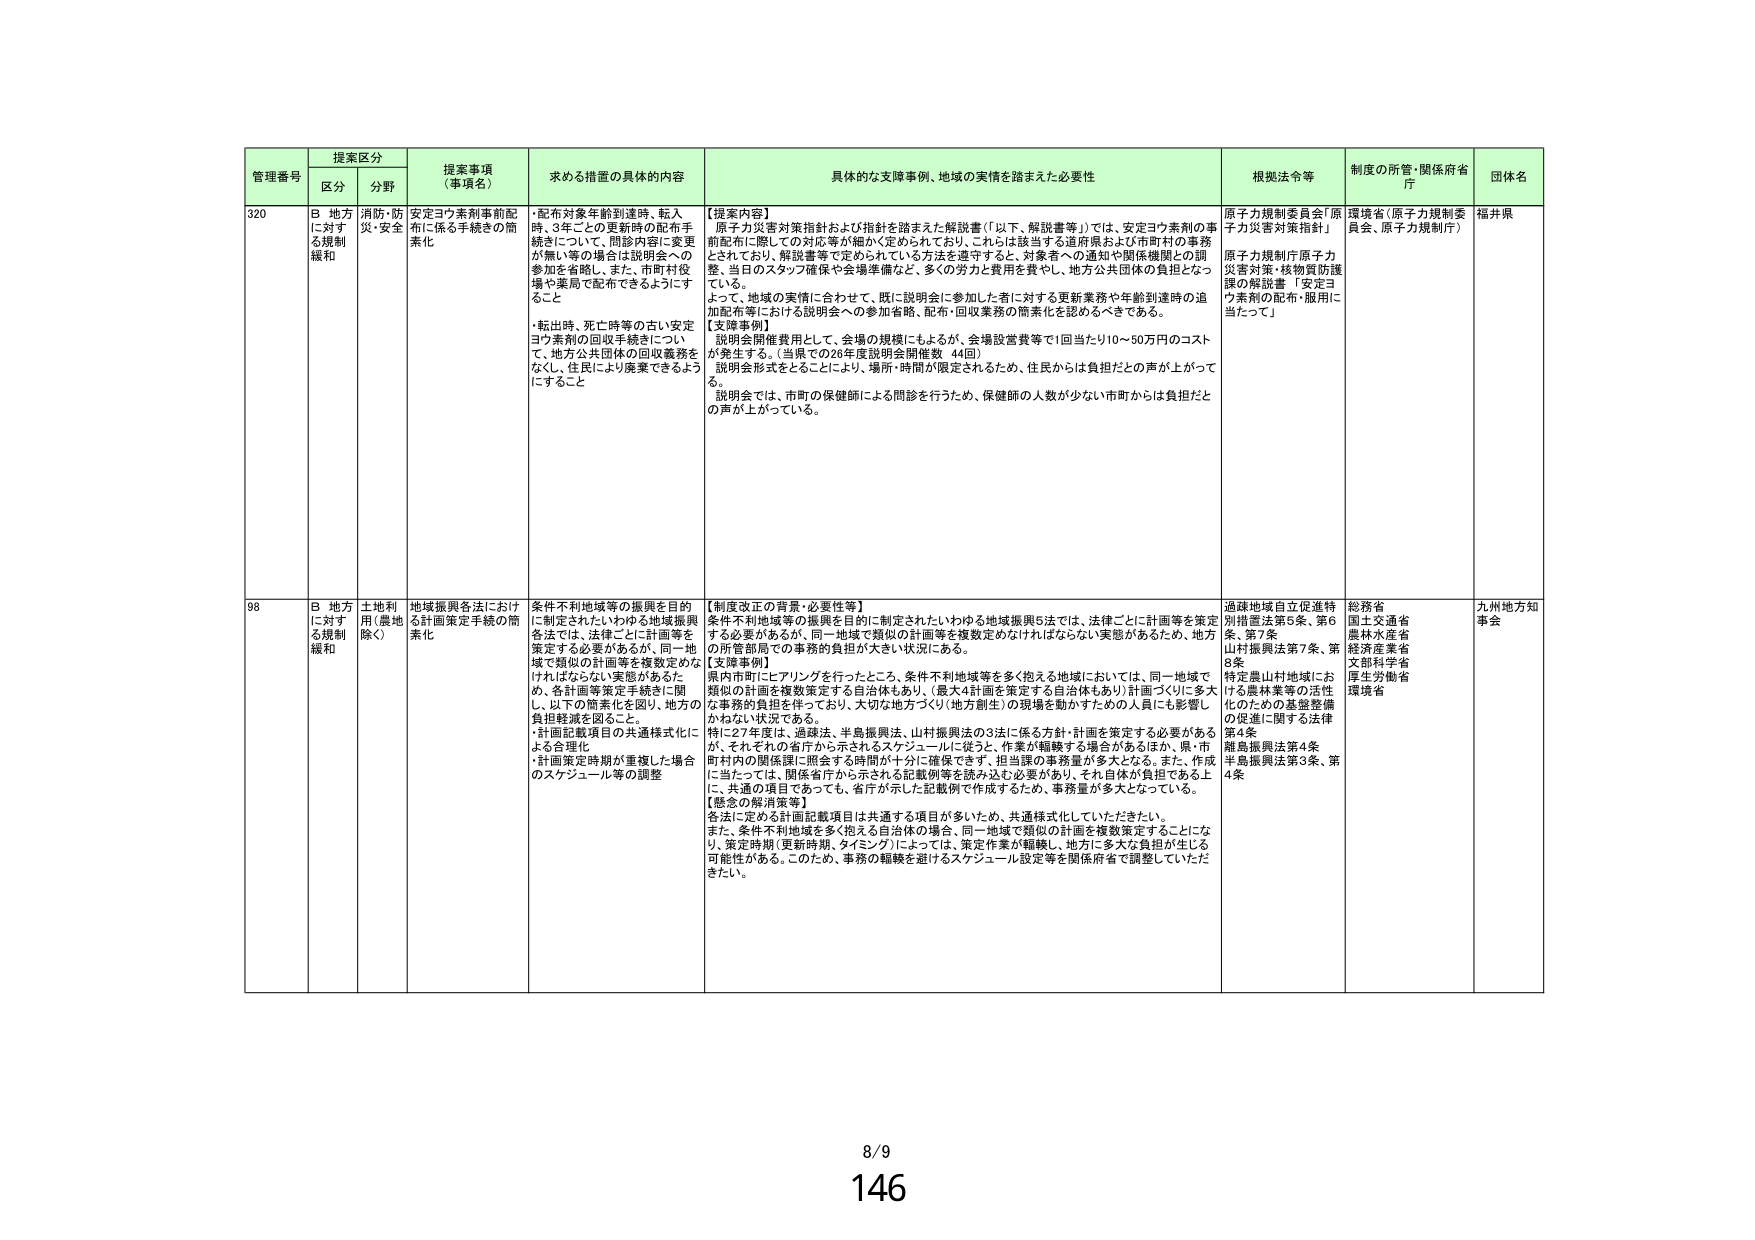
管理番号 提案区分 提案事項（事項名） 求める措置の具体的内容 具体的な支援事例、地域の実情を踏まえた必要性 根拠法令等 制度の所管・関係府省庁 団体名
区分 分野
320 B 地方に対する規制緩和 消防・防災・安全 安定ヨウ素剤事前配布に係る手続きの簡素化 ・配布対象年齢到達時、転入時、3年ごとの更新時の配布手続きについて、間諜内容に変更が無い等の場合は説明会への参加を省略し、また、市町村役場や薬局で配布できるようにすること
・転出時、死亡時等の古い安定ヨウ素剤の回収手続きについて、地方公共団体の回収義務をなくし、住民により廃棄できるようにすること
【提案内容】
原子力災害対策指針および指針を踏まえた解説書（「以下、解説書等」）では、安定ヨウ素剤の事前配布に際しての対応等が細かく定められており、これらは該当する道府県および市町村の事務とされており、解説書等で定められている方法を遵守すると、対象者への通知や関係機関との調整、当日のスタッフ確保や会場準備など、多くの労力と費用を費やし、地方公共団体の負担となっている。
よって、地域の実情に合わせて、既に説明会に参加した者に対する更新業務や年齢到達時の追加配布等における説明会への参加省略、配布・回収業務の簡素化を認めるべきである。
【支援事例】
説明会開催費用として、会場の規模にもよるが、会場設営費等で1回当たり10～50万円のコストが発生する。（当県での26年度説明会開催数 44回）
説明会形式をとることにより、場所・時間が限定されるため、住民からは負担だとの声が上がっている。
説明会では、市町の保健師による問診を行うため、保健師の人数が少ない市町からは負担だとの声が上がっている。
原子力規制委員会「原子力災害対策指針」
原子力規制庁原子力災害対策・核物質防護課の解説書「安定ヨウ素剤の配布・服用に当たって」
環境省（原子力規制委員会、原子力規制庁）
福井県
98 B 地方に対する規制緩和 土地利用（農地除く） 地域振興各法における計画策定手続の簡素化 条件不利地域等の振興を目的に制定されたいわゆる地域振興各法では、法律ごとに計画等を策定する必要があるが、同一地域で類似の計画等を複数定めなければならない実態があるため、各計画等策定手続きに関し、以下の簡素化を図り、地方の負担軽減を図ること。
・計画記載項目の共通様式化による合理化
・計画策定時期が重複した場合のスケジュール等の調整
【制度改正の背景・必要性等】
条件不利地域等の振興を目的に制定されたいわゆる地域振興5法では、法律ごとに計画等を策定する必要があるが、同一地域で類似の計画等を複数定めなければならない実態があるため、地方の所管当局での事務的負担が大きい状況にある。
【支援事例】
県内市町にヒアリングを行ったところ、条件不利地域等を多く抱える地域においては、同一地域で類似の計画を複数策定する自治体もあり、（最大4計画を策定する自治体もあり）計画づくりに多大な事務的負担を伴っており、大切な地方づくり（地方創生）の現場を動かすための人員にも影響しかねない状況である。
特に27年度は、過疎法、半島振興法、山村振興法の3法に係る方針・計画を策定する必要があるが、それぞれの省庁から示されるスケジュールに従う、作業が継続する場合があるほか、県・市町村内の関係課に照会する時間が十分に確保できず、担当課の事務量が多大となる。また、作成に当たっては、関係省庁から示される記載例等を読み込む必要があり、それ自体が負担である上に、共通の項目であっても、省庁が示した記載例で作成するため、事務量が多大となっている。
【懸念の解消策等】
各法に定める計画記載項目は共通する項目が多いため、共通様式化していただきたい。
また、条件不利地域を多く抱える自治体の場合、同一地域で類似の計画を複数策定することになり、策定時期・更新時期、タイミングによっては、策定作業が継続し、地方に多大な負担が生じる可能性がある。このため、事務の継続を避けるスケジュール設定等を関係府省で調整していただきたい。
過疎地域自立促進特別措置法第5条、第6条、第7条
山村振興法第7条、第8条
特定農山村地域における農林業等の活性化のための基盤整備の促進に関する法律第4条
離島振興法第4条
半島振興法第3条、第4条
総務省
国土交通省
農林水産省
経済産業省
文部科学省
厚生労働省
環境省
九州地方知事会
8/9
146